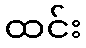
ထင်း